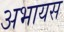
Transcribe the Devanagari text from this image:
अभायस